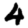
Digit: 4